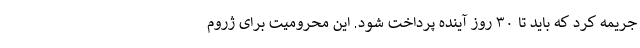
جریمه کرد که باید تا ۳۰ روز آینده پرداخت شود. این محرومیت برای ژروم